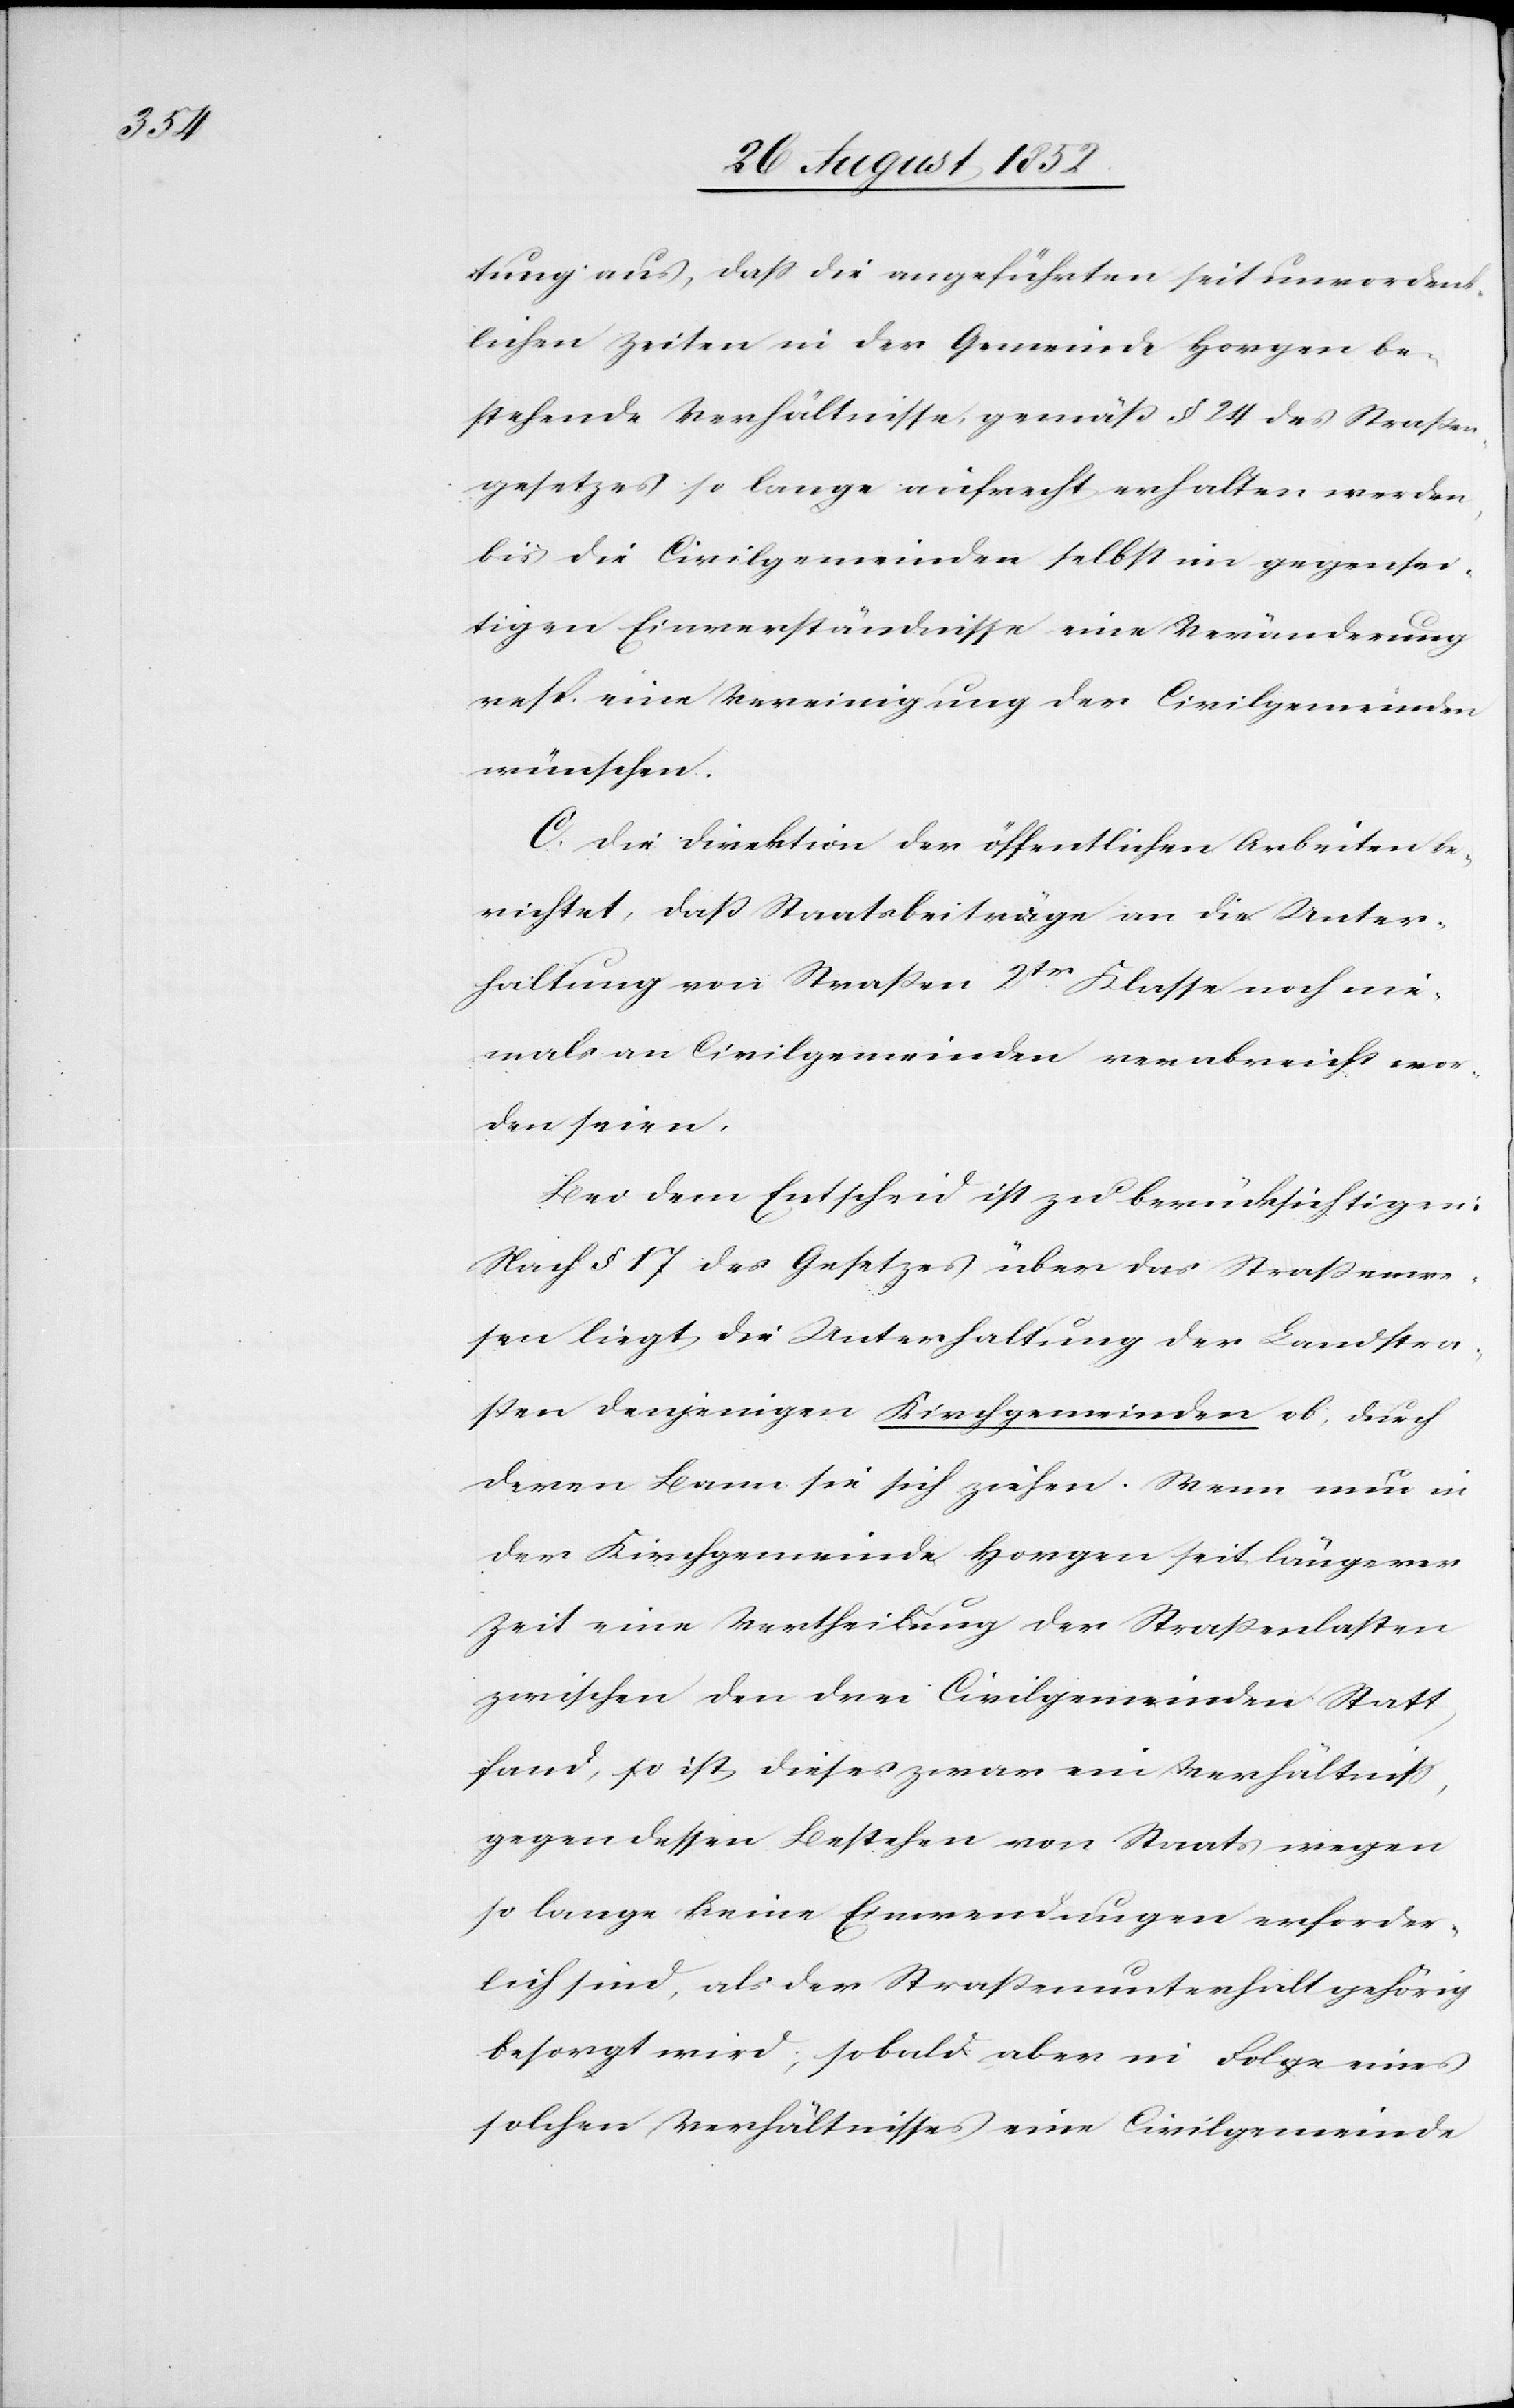
tung aus, dass die angeführten seit unvordenk¬
lichen Zeiten in der Gemeinde Horgen be¬
stehende[n] Verhältnisse, gemäß § 24 des Straßen¬
gesetzes so lange aufrecht erhalten werden,
bis die Civilgemeinden selbst im gegensei¬
tigen Einverständnisse eine Veränderung
resp. eine Vereinigung der Civilgemeinden
wünschen.
C. Die Direktion der öffentlichen Arbeiten be¬
richtet, daß Staatsbeiträge an die Unter¬
haltung von Straßen 2tr. Klasse noch nie¬
mals an Civilgemeinden verabreicht wor¬
den seien.
Bei dem Entscheid ist zu berücksichtigen:
Nach § 17 des Gesetzes über das Straßenwe¬
sen liegt die Unterhaltung der Landstra¬
ßen denjenigen Kirchgemeinden ob, durch
deren Bann sie sich ziehen. Wenn nun in
der Kirchgemeinde Horgen seit längerer
Zeit eine Vertheilung der Straßenlasten
zwischen den drei Civilgemeinden Statt
fand, so ist dieses zwar ein Verhältniss,
gegen dessen Bestehen von Staats wegen
so lange keine Einwendungen erforder¬
lich sind, als der Straßenunterhalt gehörig
besorgt wird; sobald aber in Folge eines
solchen Verhältnisses eine Civilgemeinde